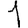
Digit: 1